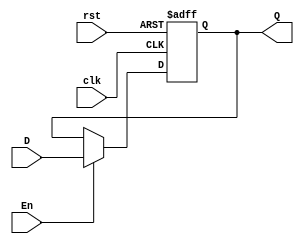
module DQReg(
        input wire          En,
        input wire [31:0]   D,
        input wire          clk,
        output reg [31:0]   Q,
        input wire rst
    );
    
always @ (posedge clk, posedge rst)
begin
    if(rst) Q <= 0;
    else if(En) Q <= D;
    else Q <= Q;
end
   
endmodule